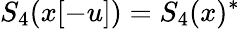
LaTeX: S_{4}(x[-u])=S_{4}(x)^{*}